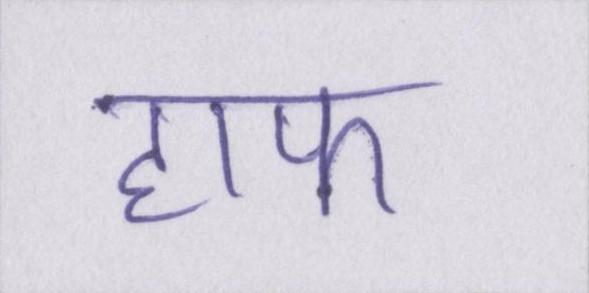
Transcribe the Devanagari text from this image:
हाफ